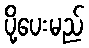
ပို့ပေးမည်